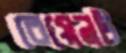
বেয়েনট